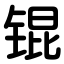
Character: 锟